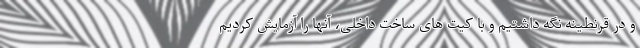
و در قرنطینه نگه داشتیم و با کیت های ساخت داخلی، آنها را آزمایش کردیم